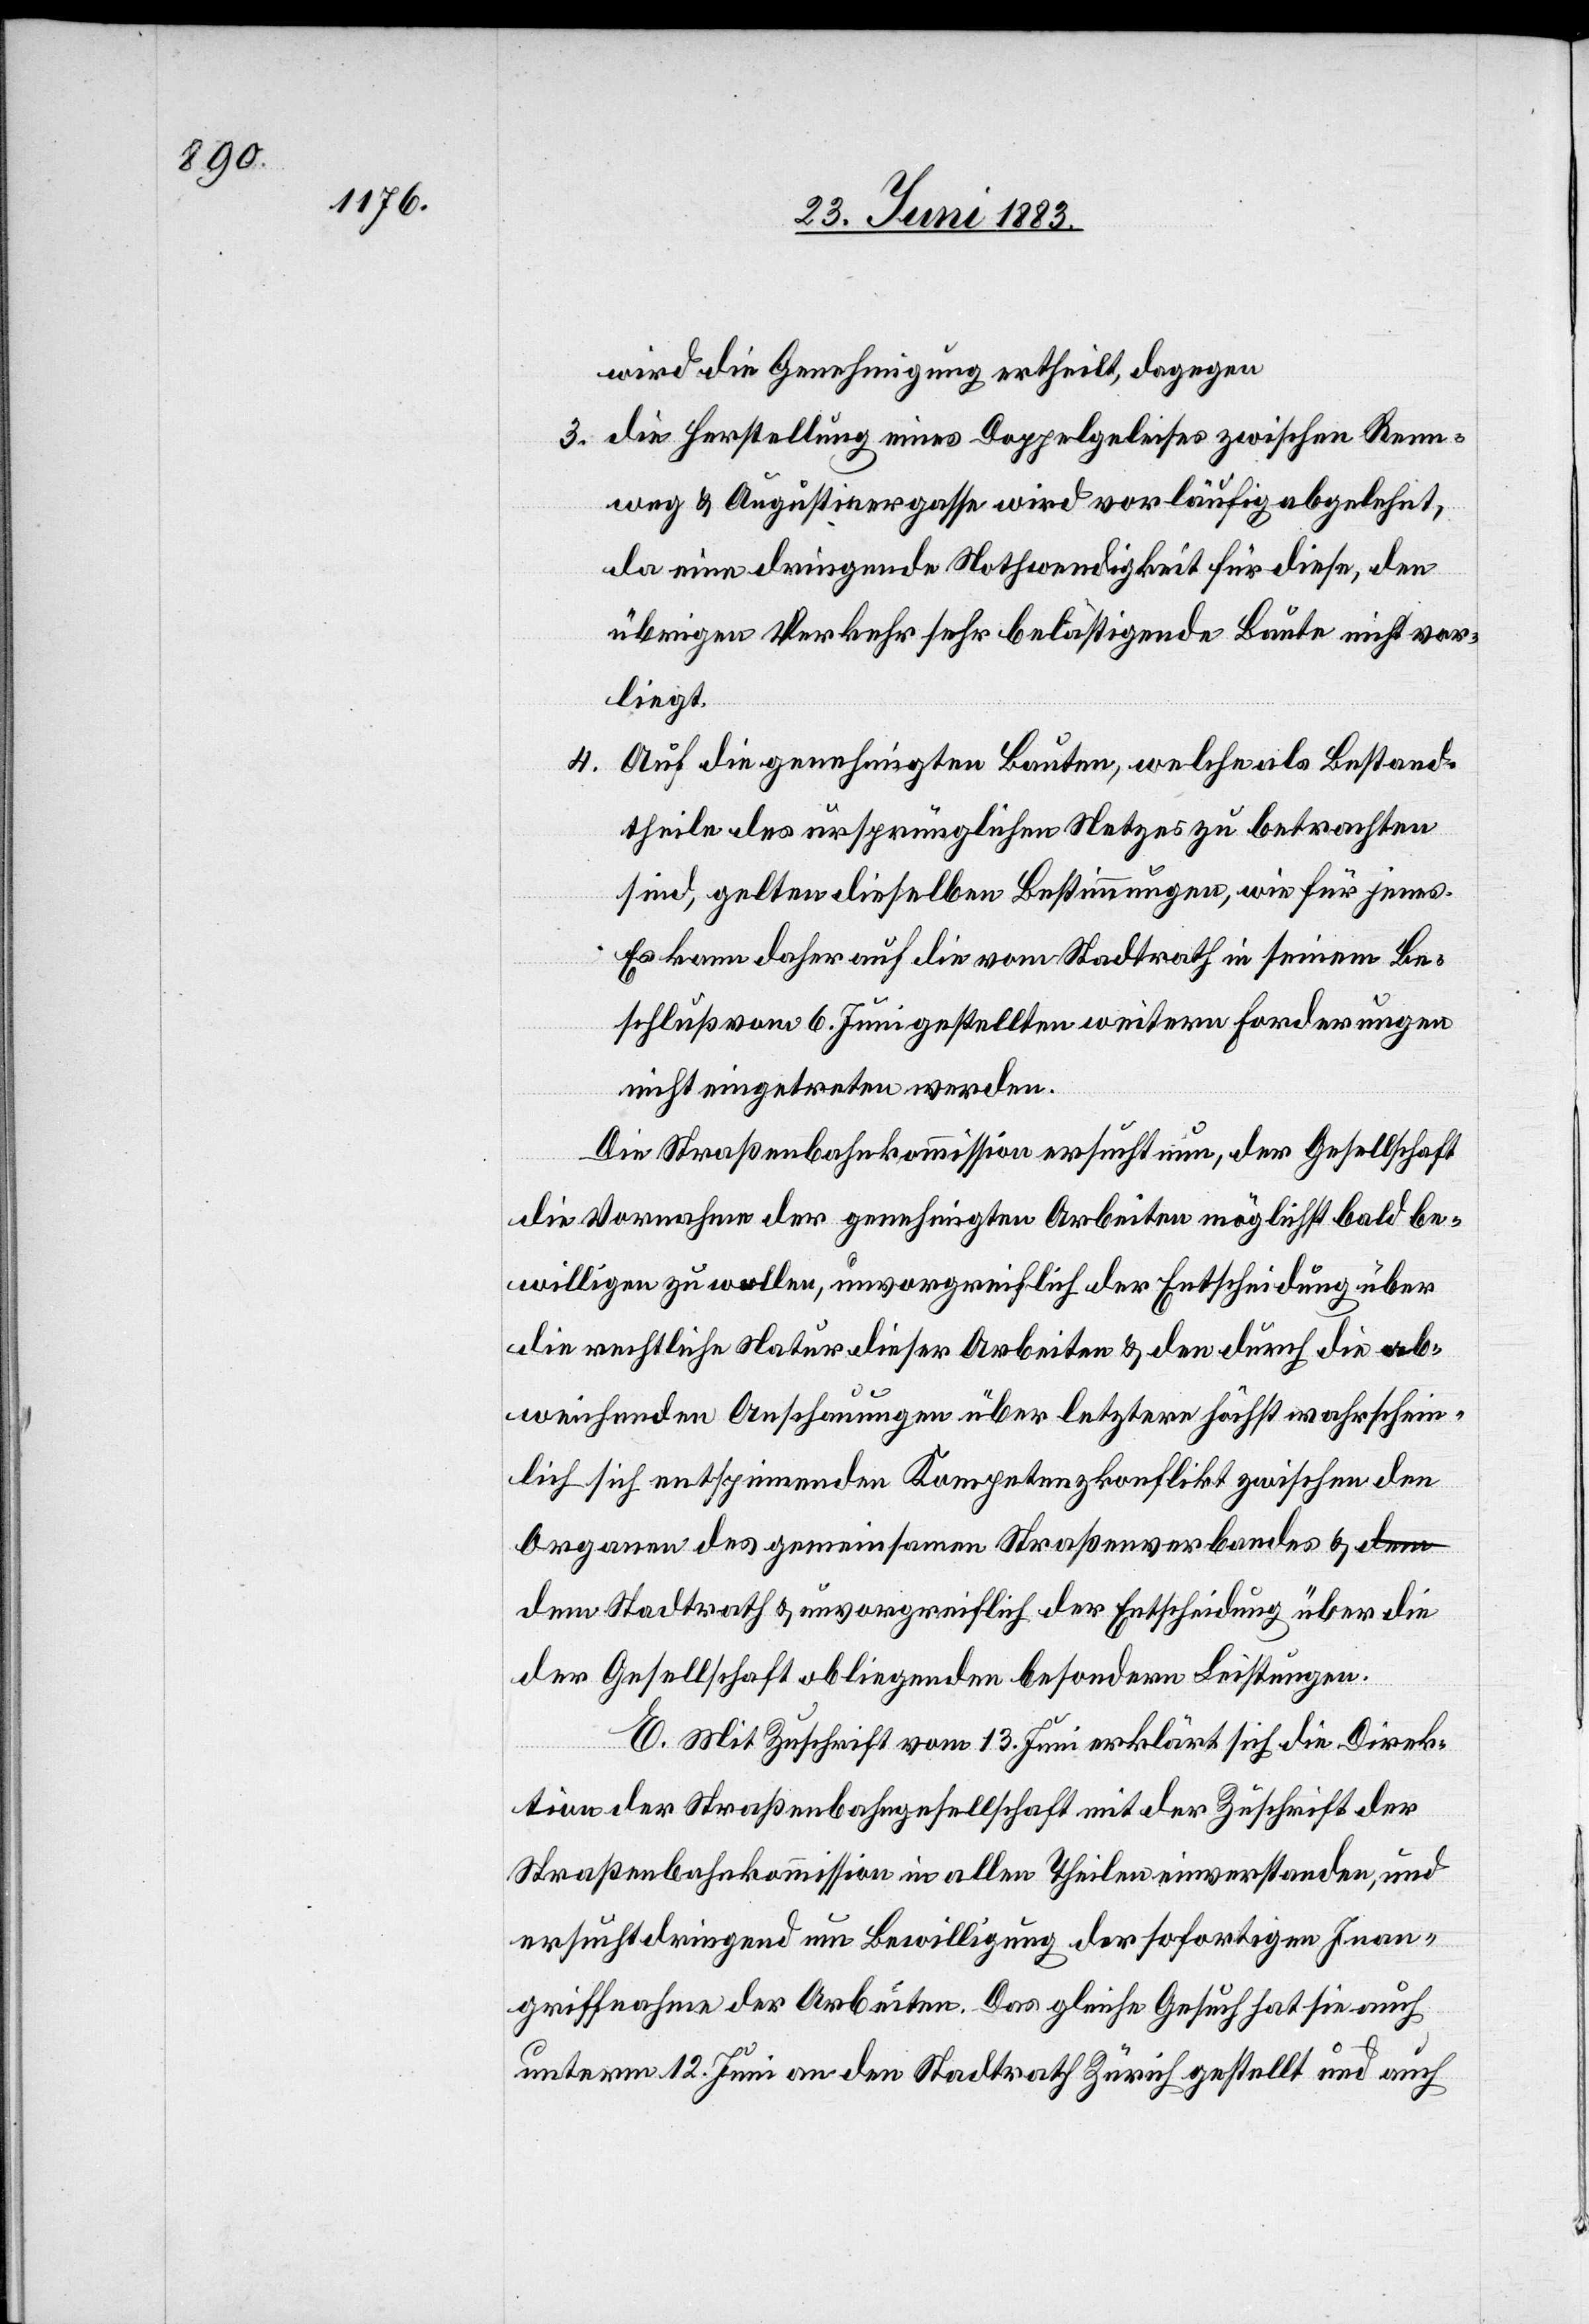
wird die Genehmigung ertheilt, dagegen
3. die Herstellung eines Doppelgeleises zwischen Renn¬
weg & Augustinergasse wird vorläufig abgelehnt,
da eine dringende Nothwendigkeit für diese, den
übrigen Verkehr sehr belästigende Baute nicht vor¬
liegt.
4. Auf die genehmigten Bauten, welche als Bestand¬
theile des ursprünglichen Netzes zu betrachten
sind, gelten dieselben Bestimmungen, wie für jenes.
Es kann daher auf die vom Stadtrath in seinem Be¬
schluß vom 6. Juni gestellten weitern Forderungen
nicht eingetreten werden.
Die Straßenbahnkommission ersucht nun, der Gesellschaft
die Vornahme der genehmigten Arbeiten möglichst bald be¬
willigen zu wollen, unvorgreiflich der Entscheidung über
die rechtliche Natur dieser Arbeiten & den durch die ab¬
weichenden Anschauungen über letztere höchst wahrschein¬
lich sich entspinnenden Kompetenzkonflikt zwischen den
Organen des gemeinsamen Straßenverbandes &
dem Stadtrath & unvorgreiflich der Entscheidung über die
der Gesellschaft obliegenden besondern Leistungen.
E. Mit Zuschrift vom 13. Juni erklärt sich die Direk¬
tion der Straßenbahngesellschaft mit der Zuschrift der
Straßenbahnkommission in allen Theilen einverstanden, und
ersucht dringend um Bewilligung der sofortigen Inan¬
griffnahme der Arbeiten. Das gleiche Gesuch hat sie auch
unterm 12. Juni an den Stadtrath Zürich gestellt und auch